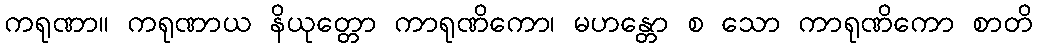
ကရုဏာ။ ကရုဏာယ နိယုတ္တော ကာရုဏိကော၊ မဟန္တော စ သော ကာရုဏိကော စာတိ